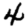
Digit: 4